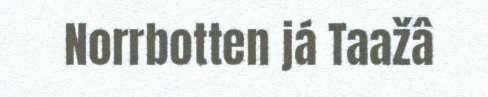
Norrbotten já Taažâ